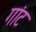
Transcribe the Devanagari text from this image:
गांट